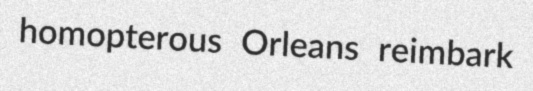
homopterous Orleans reimbark